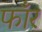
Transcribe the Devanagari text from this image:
फाँर